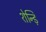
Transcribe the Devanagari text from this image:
शेन्ड़ि